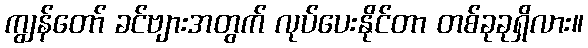
ကျွန်တော် ခင်ဗျားအတွက် လုပ်ပေးနိုင်တာ တစ်ခုခုရှိလား။